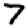
Digit: 7